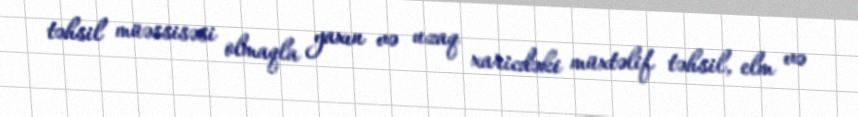
təhsil müəssisəsi olmaqla yaxın və uzaq xaricdəki müxtəlif təhsil, elm və